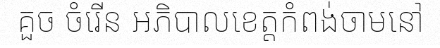
គួច ចំរើន អភិបាលខេត្តកំពង់ចាមនៅ